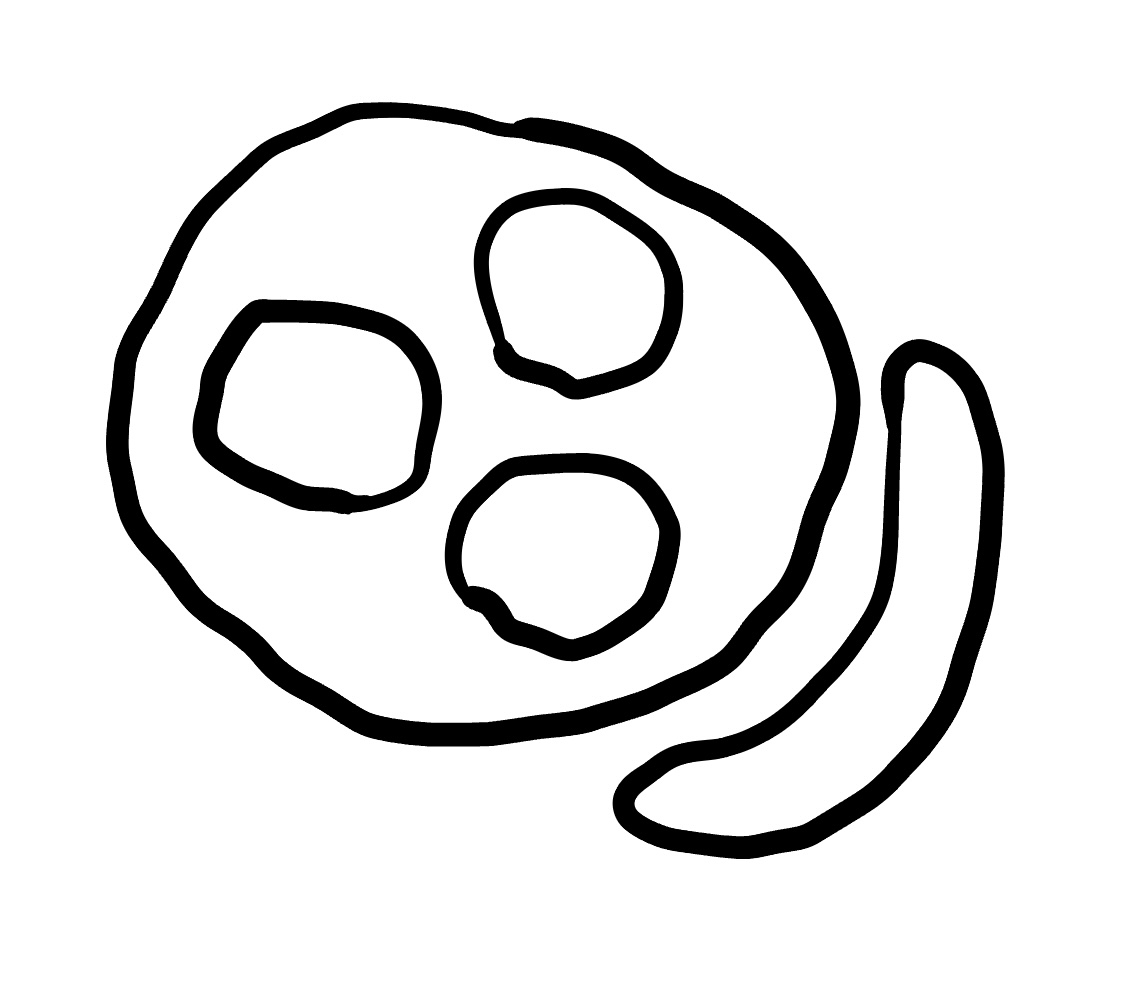
Number of regions (including the outer root region): 6
Containment tree edges (parent, child): 0, 1, 0, 2, 2, 3, 2, 4, 2, 5